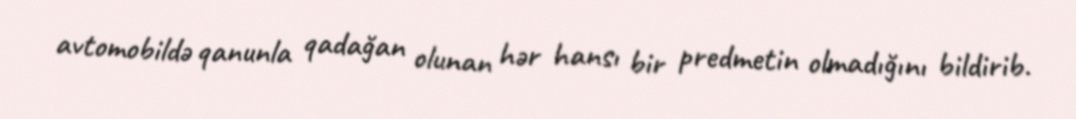
avtomobildə qanunla qadağan olunan hər hansı bir predmetin olmadığını bildirib.